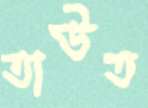
তাউত